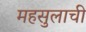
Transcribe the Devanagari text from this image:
महसुलाची